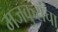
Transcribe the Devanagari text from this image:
मजकुरांचा